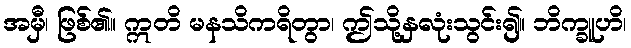
အမှီ၊ ဖြစ်၏။ ဣတိ မနသိကရိတွာ၊ ဤသို့နှလုံးသွင်း၍။ ဘိက္ခူဟိ၊